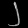
Digit: ၂